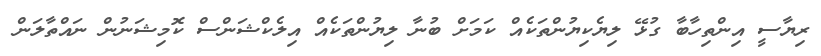
ރިޔާސީ އިންތިހާބާ ގުޅޭ ލިޔެކިޔުންތަކެއް ކަމަށް ބުނާ ލިޔުންތަކެއް އިލެކްޝަންސް ކޮމިޝަނުން ނައްތާލަން